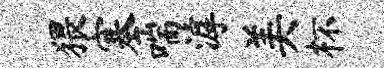
猥塞喘滹美杯